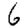
Digit: 6